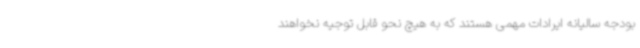
بودجه سالیانه ایرادات مهمی هستند که به هیچ نحو قابل توجیه نخواهند